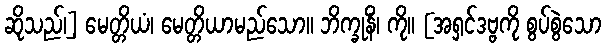
ဆိုသည်၊] မေတ္တိယံ၊ မေတ္တိယာမည်သော။ ဘိက္ခုနိံ၊ ကို။ [အရှင်ဒဗ္ဗကို စွပ်စွဲသော